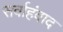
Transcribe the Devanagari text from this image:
सर्वाहंवाद